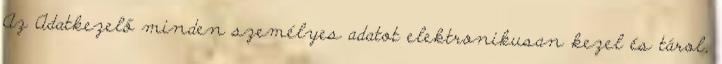
Az Adatkezelő minden személyes adatot elektronikusan kezel és tárol,